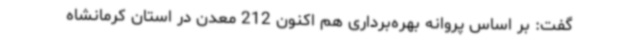
گفت: بر اساس پروانه بهره‌برداری هم اکنون 212 معدن در استان کرمانشاه